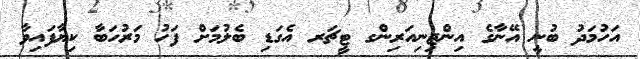
އަހުމަދު ބުނީ އޭނާގެ އިންޖިނިއަރިންގ ޓީޗަރ އެގަޑި ބެލުމަށް ފަހު މަރުހަބާ ކިޔާފައިވާ